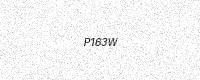
Text: P163W